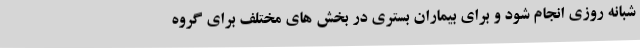
شبانه روزی انجام شود و برای بیماران بستری در بخش های مختلف برای گروه